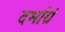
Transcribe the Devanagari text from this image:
दर्भाग्रं